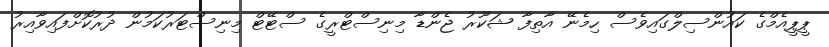
ޕީޕީއެމްގެ ކައުންސިލްގައިވެސް ހިމެނޭ އާތިފާ ޝަކޫރު ޖެންޑާ މިނިސްޓްރީގެ ސްޓޭޓް މިނިސްޓަރުކަމުން ދުރުކޮށްފައިވާއިރު